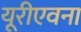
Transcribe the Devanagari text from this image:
यूरीएवना